Report on vaccination in Madras 1922-1929 - 1922-1929
Year: 1922
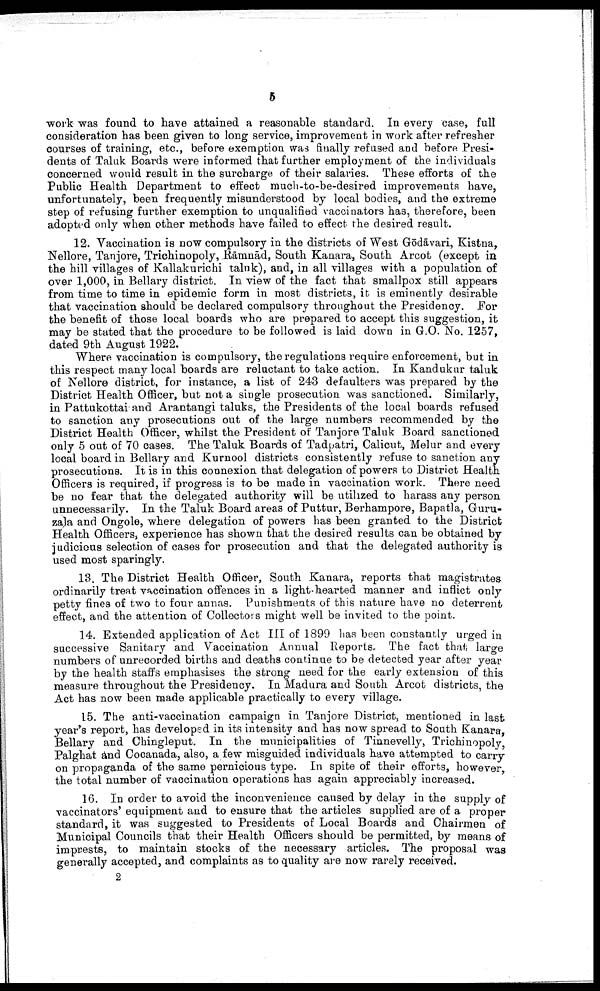
5
work was found to have attained a reasonable standard. In every case, full
consideration has been given to long service, improvement in work after refresher
courses of training, etc., before exemption was finally refused and before Presi
dents of Taluk Boards were informed that further employment of the individuals
concerned would result in the surcharge of their salaries. These efforts of the
Public Health Department to effect much-to-be-desired improvements have,
unfortunately, been frequently misunderstood by local bodies, and the extreme
step of refusing further exemption to unqualified vaccinators has, therefore, been
adopted only when other methods have failed to effect the desired result.
12. Vaccination is now compulsory in the districts of West Gōdāvari, Kistna,
Nellore, Tanjore, Trichinopoly, Rāmnād, South Kanara, South Arcot (except in
the hill villages of Kallakurichi taluk), and, in all villages with a population of
over 1,000, in Bellary district. In view of the fact that smallpox still appears
from time to time in epidemic form in most districts, it is eminently desirable
that vaccination should be declared compulsory throughout the Presidency. For
the benefit of those local boards who are prepared to accept this suggestion, it
may be stated that the procedure to be followed is laid down in G.O. No. 1257,
dated 9th August 1922.
Where vaccination is compulsory, the regulations require enforcement, but in
this respect many local boards are reluctant to take action. In Kandukur taluk
of Nellore district, for instance, a list of 243 defaulters was prepared by the
District Health Officer, but not a single prosecution was sanctioned. Similarly,
in Pattukottai and Arantangi taluks, the Presidents of the local boards refused
to sanction any prosecutions out of the large numbers recommended by the
District Health Officer, whilst the President of Tanjore Taluk Board sanctioned
only 5 out of 70 cases. The Taluk Boards of Tadpatri, Calicut, Melur and every
local board in Bellary and Kurnool districts consistently refuse to sanction any
prosecutions. It is in this connexion that delegation of powers to District Health
Officers is required, if progress is to be made in vaccination work. There need
be no fear that the delegated authority will be utilized to harass any person
unnecessarily. In the Taluk Board areas of Puttur, Berhampore, Bapatla, Guru-
zala and Ongole, where delegation of powers has been granted to the District
Health Officers, experience has shown that the desired results can be obtained by
judicious selection of cases for prosecution and that the delegated authority is
used most sparingly.
13. The District Health Officer, South Kanara, reports that magistrates
ordinarily treat vaccination offences in a light hearted manner and inflict only
petty fines of two to four annas. Punishments of this nature have no deterrent
effect, and the attention of Collectors might well be invited to the point.
14. Extended application of Act III of 1899 has been constantly urged in
successive Sanitary and Vaccination Annual Reports. The fact that large
numbers of unrecorded births and deaths continue to be detected year after year
by the health staffs emphasises the strong need for the early extension of this
measure throughout the Presidency. In Madura and South Arcot districts, the
Act has now been made applicable practically to every village.
15. The anti-vaccination campaign in Tanjore District, mentioned in last
year's report, has developed in its intensity and has now spread to South Kanara,
Bellary and Chingleput. In the municipalities of Tinnevelly, Trichinopoly,
Palghat and Cocanada, also, a few misguided individuals have attempted to carry
on propaganda of the same pernicious type. In spite of their efforts, however,
the total number of vaccination operations has again appreciably increased.
16. In order to avoid the inconvenience caused by delay in the supply of
vaccinators' equipment and to ensure that the articles supplied are of a proper
standard, it was suggested to Presidents of Local Boards and Chairmen of
Municipal Councils that their Health Officers should be permitted, by means of
imprests, to maintain stocks of the necessary articles. The proposal was
generally accepted, and complaints as to quality are now rarely received.
2